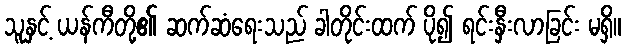
သူနှင့် ယန်ကီတို့၏ ဆက်ဆံရေးသည် ခါတိုင်းထက် ပို၍ ရင်းနှီးလာခြင်း မရှိ။